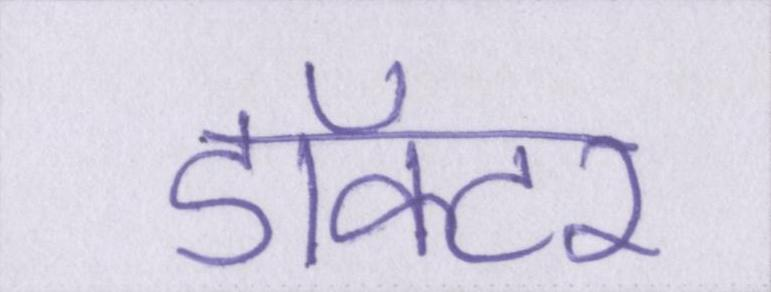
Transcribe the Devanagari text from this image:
डॉक्टर